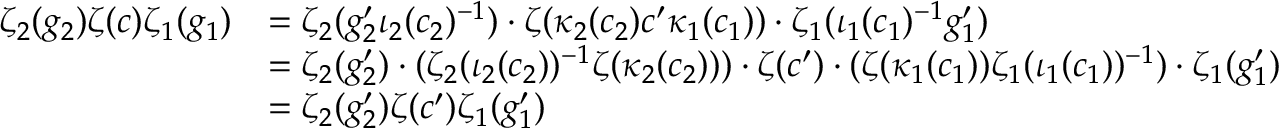
\begin{array} { r l } { \zeta _ { 2 } ( g _ { 2 } ) \zeta ( c ) \zeta _ { 1 } ( g _ { 1 } ) } & { = \zeta _ { 2 } ( g _ { 2 } ^ { \prime } \iota _ { 2 } ( c _ { 2 } ) ^ { - 1 } ) \cdot \zeta ( \kappa _ { 2 } ( c _ { 2 } ) c ^ { \prime } \kappa _ { 1 } ( c _ { 1 } ) ) \cdot \zeta _ { 1 } ( \iota _ { 1 } ( c _ { 1 } ) ^ { - 1 } g _ { 1 } ^ { \prime } ) } \\ & { = \zeta _ { 2 } ( g _ { 2 } ^ { \prime } ) \cdot ( \zeta _ { 2 } ( \iota _ { 2 } ( c _ { 2 } ) ) ^ { - 1 } \zeta ( \kappa _ { 2 } ( c _ { 2 } ) ) ) \cdot \zeta ( c ^ { \prime } ) \cdot ( \zeta ( \kappa _ { 1 } ( c _ { 1 } ) ) \zeta _ { 1 } ( \iota _ { 1 } ( c _ { 1 } ) ) ^ { - 1 } ) \cdot \zeta _ { 1 } ( g _ { 1 } ^ { \prime } ) } \\ & { = \zeta _ { 2 } ( g _ { 2 } ^ { \prime } ) \zeta ( c ^ { \prime } ) \zeta _ { 1 } ( g _ { 1 } ^ { \prime } ) } \end{array}